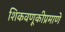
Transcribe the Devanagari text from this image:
शिकवणूकीप्रमाणे